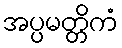
အပ္ပမတ္တိကံ